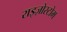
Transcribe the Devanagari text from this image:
राइज़ोस्टोम